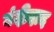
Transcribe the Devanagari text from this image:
वंदीदाद